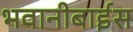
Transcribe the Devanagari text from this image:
भवानीबाईस